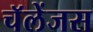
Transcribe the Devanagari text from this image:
चॅलेंजस